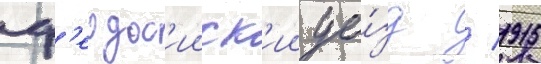
ф'еодос'ииск'ии уе́зд / 1915